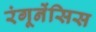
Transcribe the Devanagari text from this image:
रंगूनेंसिस